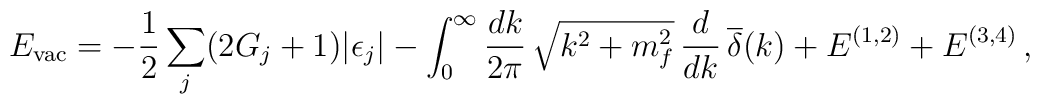
E_{\rm vac} =  -\frac{1}{2}\sum_j(2G_j+1)|\epsilon_j| - \int_0^\infty \frac{dk}{2\pi}\,\sqrt{k^2+m_f^2}\,\frac{d}{dk}\,\overline{\delta}(k) + E^{(1,2)} + E^{(3,4)} \, ,